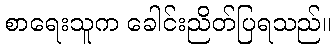
စာရေးသူက ခေါင်းညိတ်ပြရသည်။